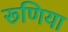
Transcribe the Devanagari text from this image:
रूणिया